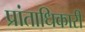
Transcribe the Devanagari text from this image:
प्रांताधिकारी